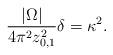
LaTeX: \begin{align*} \frac{|\Omega|}{4\pi^2 z_{0,1}^2} \delta=\kappa^2.\end{align*}